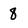
Character: 8